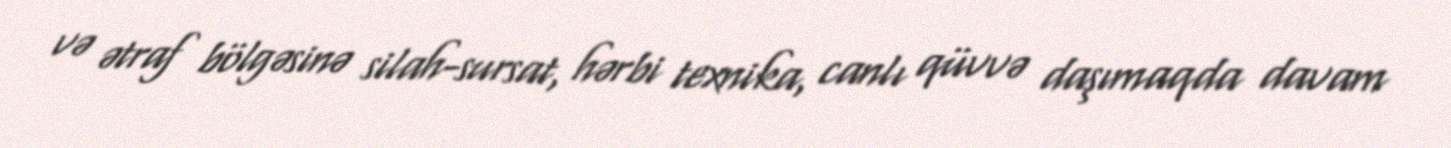
və ətraf bölgəsinə silah-sursat, hərbi texnika, canlı qüvvə daşımaqda davam